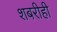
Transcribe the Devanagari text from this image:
शबरीही